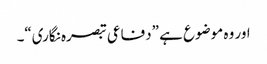
اور وہ موضوع ہے ”دفاعی تبصرہ نگاری“۔